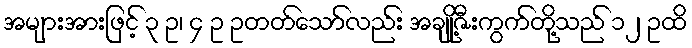
အများအားဖြင့် ၃ ဥ၊ ၄ ဥ ဥတတ်သော်လည်း အချို့ဇီးကွက်တို့သည် ၁၂ ဥထိ